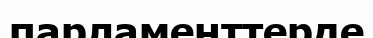
парламенттерде